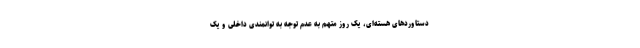
دستاوردهای هسته‌ای، یک روز متهم به عدم توجه به توانمندی داخلی و یک